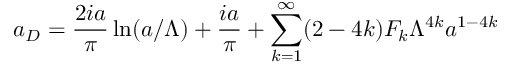
a _ { D } = \frac { 2 i a } { \pi } \ln ( a / \Lambda ) + \frac { i a } { \pi } + \sum _ { k = 1 } ^ { \infty } ( 2 - 4 k ) F _ { k } \Lambda ^ { 4 k } a ^ { 1 - 4 k }